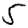
Digit: 5